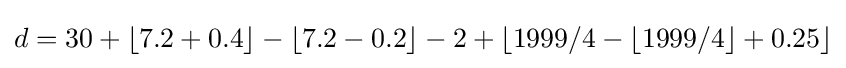
d=30+\left\lfloor {7.2+0.4}\right\rfloor -\left\lfloor {7.2-0.2}\right\rfloor -2+\left\lfloor {1999/4-\left\lfloor {1999/4}\right\rfloor +0.25}\right\rfloor